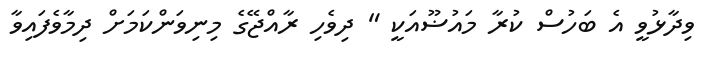
ވިދާޅުވީ އެ ބަހުސް ކުރާ މައުޟޫއަކީ " ދިވެހި ރާއްޖޭގެ މިނިވަންކަމަށް ދިމާވެފައިވާ